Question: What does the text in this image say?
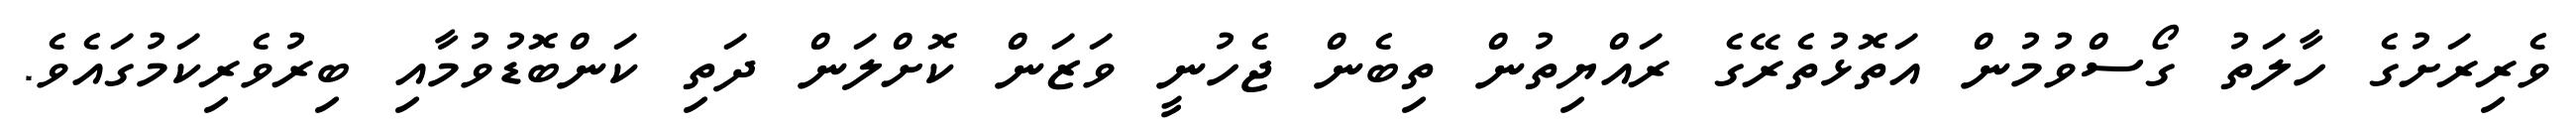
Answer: ވެރިރަށުގެ ހާލަތު ގޯސްވުމުން އަތޮޅުތެރޭގެ ރައްޔިތުން ތިބެން ޖެހުނީ ވަޒަން ކޮށްލަން ދަތި ކަންބޮޑުވުމާއި ބިރުވެރިކަމުގައެވެ.